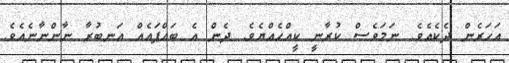
އަހަރެން ދެކެއެވެ. ނަމަވެސް ކުރާނީ ކީއްހެއްޔެވެ. ދެން އެ ބައްޕައެއް އަނބުރާ ނާންނާނެއެވެ.